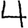
Digit: 4